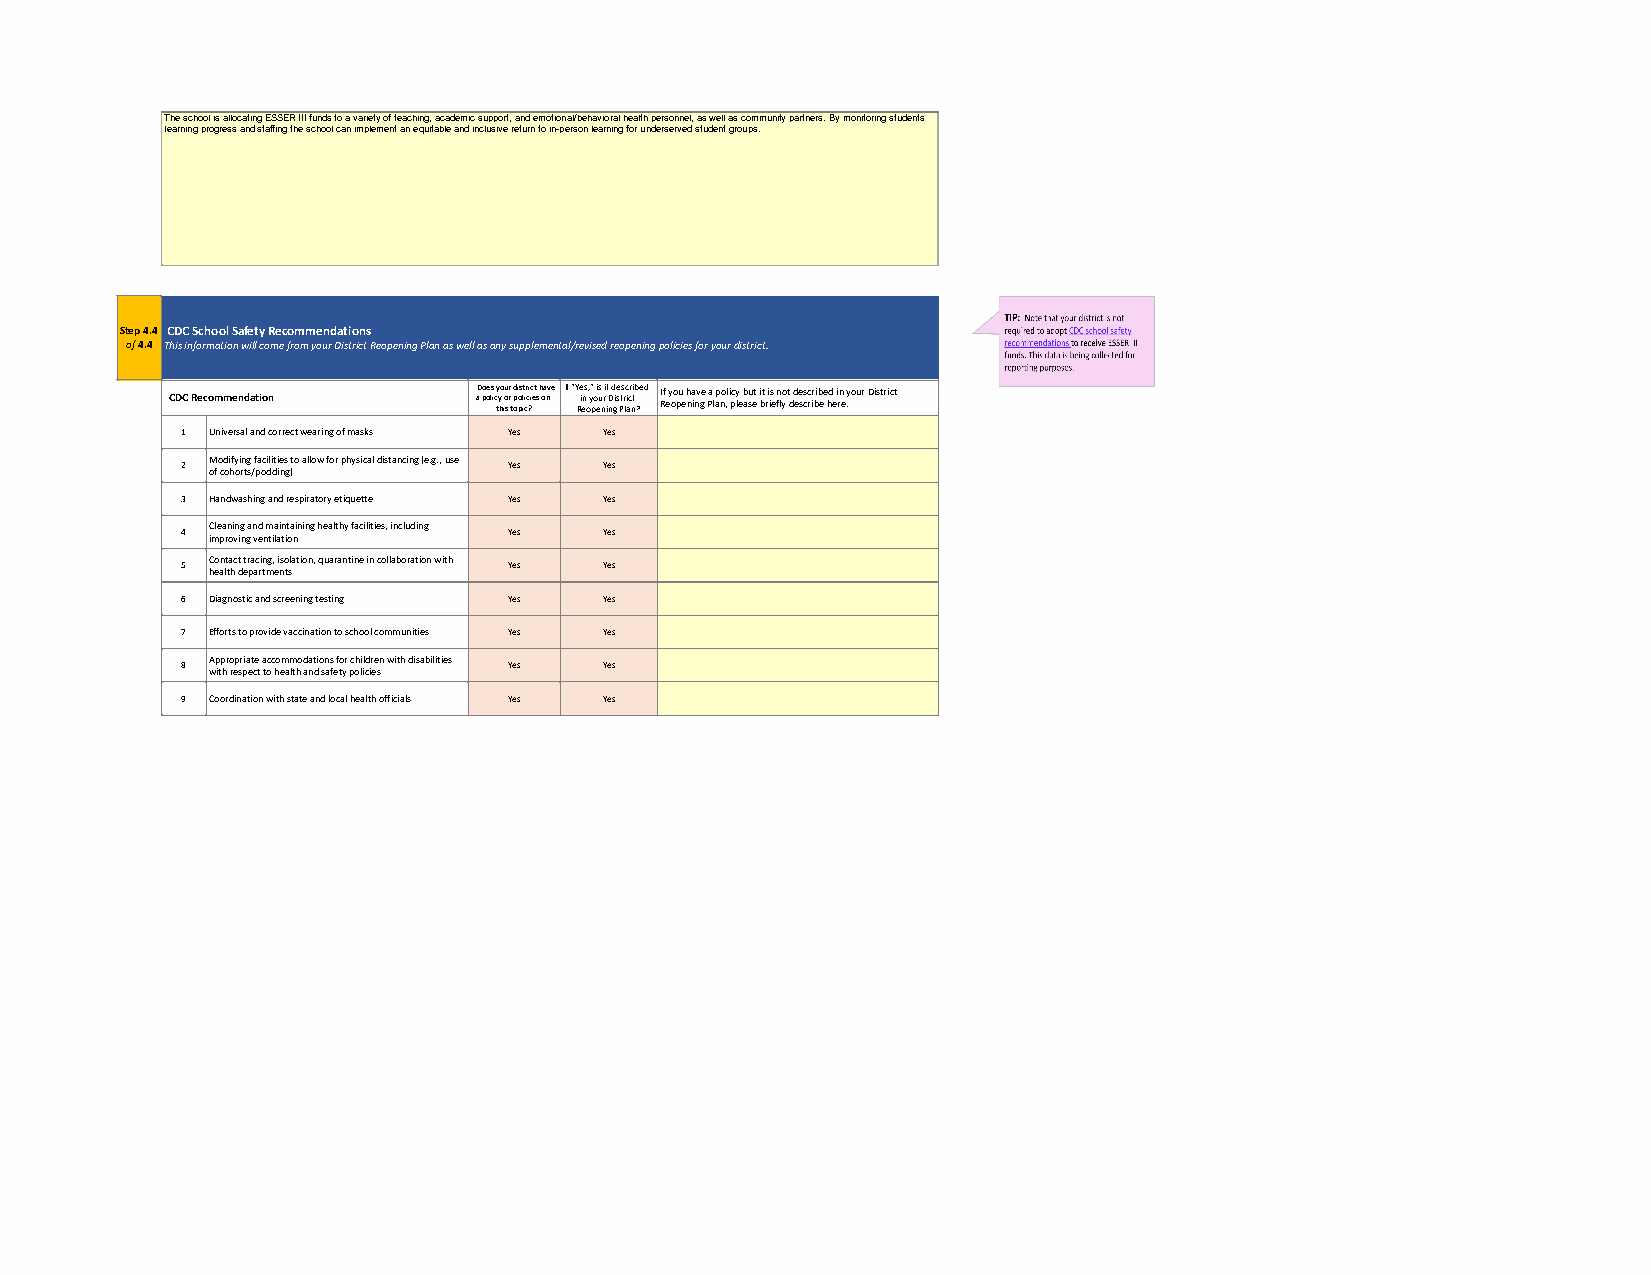
The school is allocating ESSER III funds to a variety of teaching, academic support, and emotional/behavioral health personnel, as well as community partners. By monitoring students
 learning progress and staffing the school can implement an equitable and inclusive return to in-person learning for underserved student groups.
 Step 4.4 CDC School Safety Recommendations
 of 4.4 This information will come from your District Reopening Plan as well as any supplemental/revised reopening policies for your district.
 CDC Recommendation  aD o pe os li cy ty ho iu o sr r t d p oi o ps l it i cr c ?i ic et s h oa nv e If "Y Rie ens o , y" po ei us n ri i t nD d gise Pts r lc i acr ntib ?ed I Rf e y oo pu e h na inv ge Pa l ap no ,l i pcy le b au set i bt r i is e fn lo y t d d ee scsc rir bib ee hd e i rn e .your District
 1 Universal and correct wearing of masks Yes Yes
 Modifying facilities to allow for physical distancing (e.g., use
 2                     Yes   Yes
 of cohorts/podding)
 3 Handwashing and respiratory etiquette Yes Yes
 Cleaning and maintaining healthy facilities, including
 4                     Yes   Yes
 improving ventilation
 Contact tracing, isolation, quarantine in collaboration with
 5                     Yes   Yes
 health departments
 6 Diagnostic and screening testing Yes Yes
 7 Efforts to provide vaccination to school communities Yes Yes
 Appropriate accommodations for children with disabilities
 8                     Yes   Yes
 with respect to health and safety policies
 9 Coordination with state and local health officials Yes Yes